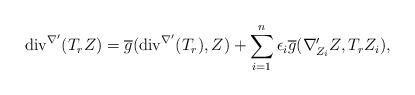
LaTeX: \begin{align*} \mathrm{div}^{\nabla'}(T_{r}Z)=\overline{g}( \mathrm{div}^{\nabla'}(T_{r}),Z)+\sum_{i=1}^{n}\epsilon_{i}\overline{g}(\nabla'_{Z_{i}}Z,T_{r}Z_{i} ), \end{align*}